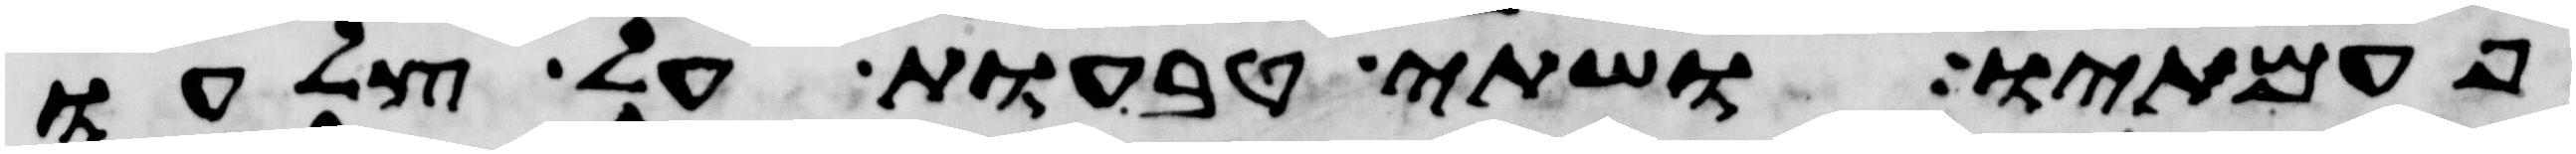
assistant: פעמתיו ושתי טבעות על צלעו